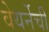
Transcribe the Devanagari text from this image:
वेयर्नेची